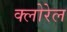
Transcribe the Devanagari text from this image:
क्लोरेल